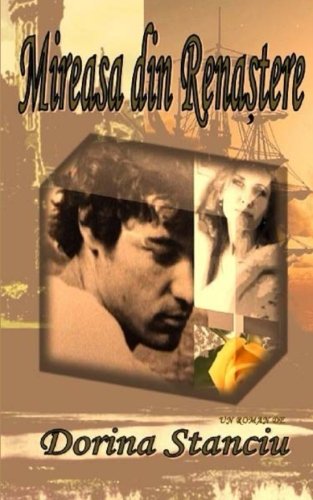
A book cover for Mireasa din Renastere (Romanian Edition); Dorina Stanciu; Travel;